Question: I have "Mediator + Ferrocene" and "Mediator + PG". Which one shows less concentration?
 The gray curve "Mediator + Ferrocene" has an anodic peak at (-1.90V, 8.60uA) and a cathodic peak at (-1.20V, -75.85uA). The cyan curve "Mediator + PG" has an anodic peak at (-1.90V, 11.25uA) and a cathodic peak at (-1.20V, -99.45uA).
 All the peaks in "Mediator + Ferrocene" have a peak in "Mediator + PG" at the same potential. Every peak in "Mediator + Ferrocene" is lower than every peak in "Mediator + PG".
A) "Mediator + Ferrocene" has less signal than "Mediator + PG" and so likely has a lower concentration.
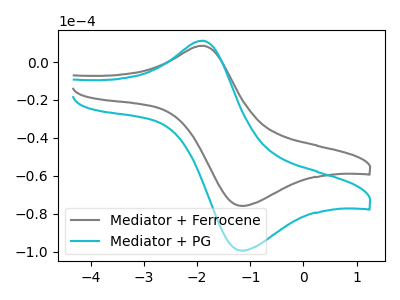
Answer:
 <answer>A) "Mediator + Ferrocene" has less signal than "Mediator + PG" and so likely has a lower concentration.</answer>
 <eval>A</eval>